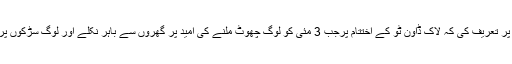
عنایت اللہ شاہ بندری نے بھٹکل ڈی وائی ایس پی اور بھٹکل اسسٹنٹ کمشنر کی اس بات پر تعریف کی کہ لاک ڈاون ٹو کے اختتام پرجب 3 مئی کو لوگ چھوٹ ملنے کی اُمید پر گھروں سے باہر نکلے اور لوگ سڑکوں پر نظر آنے لگے تو انتظامیہ نے بہت ہی خوش اسلوبی کے ساتھ معاملے کو قابو میں کیا۔